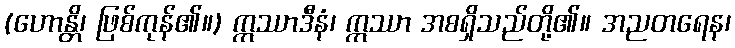
(ဟောန္တိ၊ ဖြစ်ကုန်၏။) ဣဿာဒီနံ၊ ဣဿာ အစရှိသည်တို့၏။ အညတရေန၊